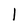
Character: l